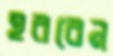
হরবেন